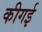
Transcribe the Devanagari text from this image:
कीगई